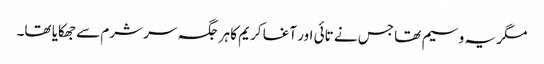
مگر یہ وسیم تھا جس نے تائی اور آغا کریم کا ہر جگہ سر شرم سے جھکایا تھا۔